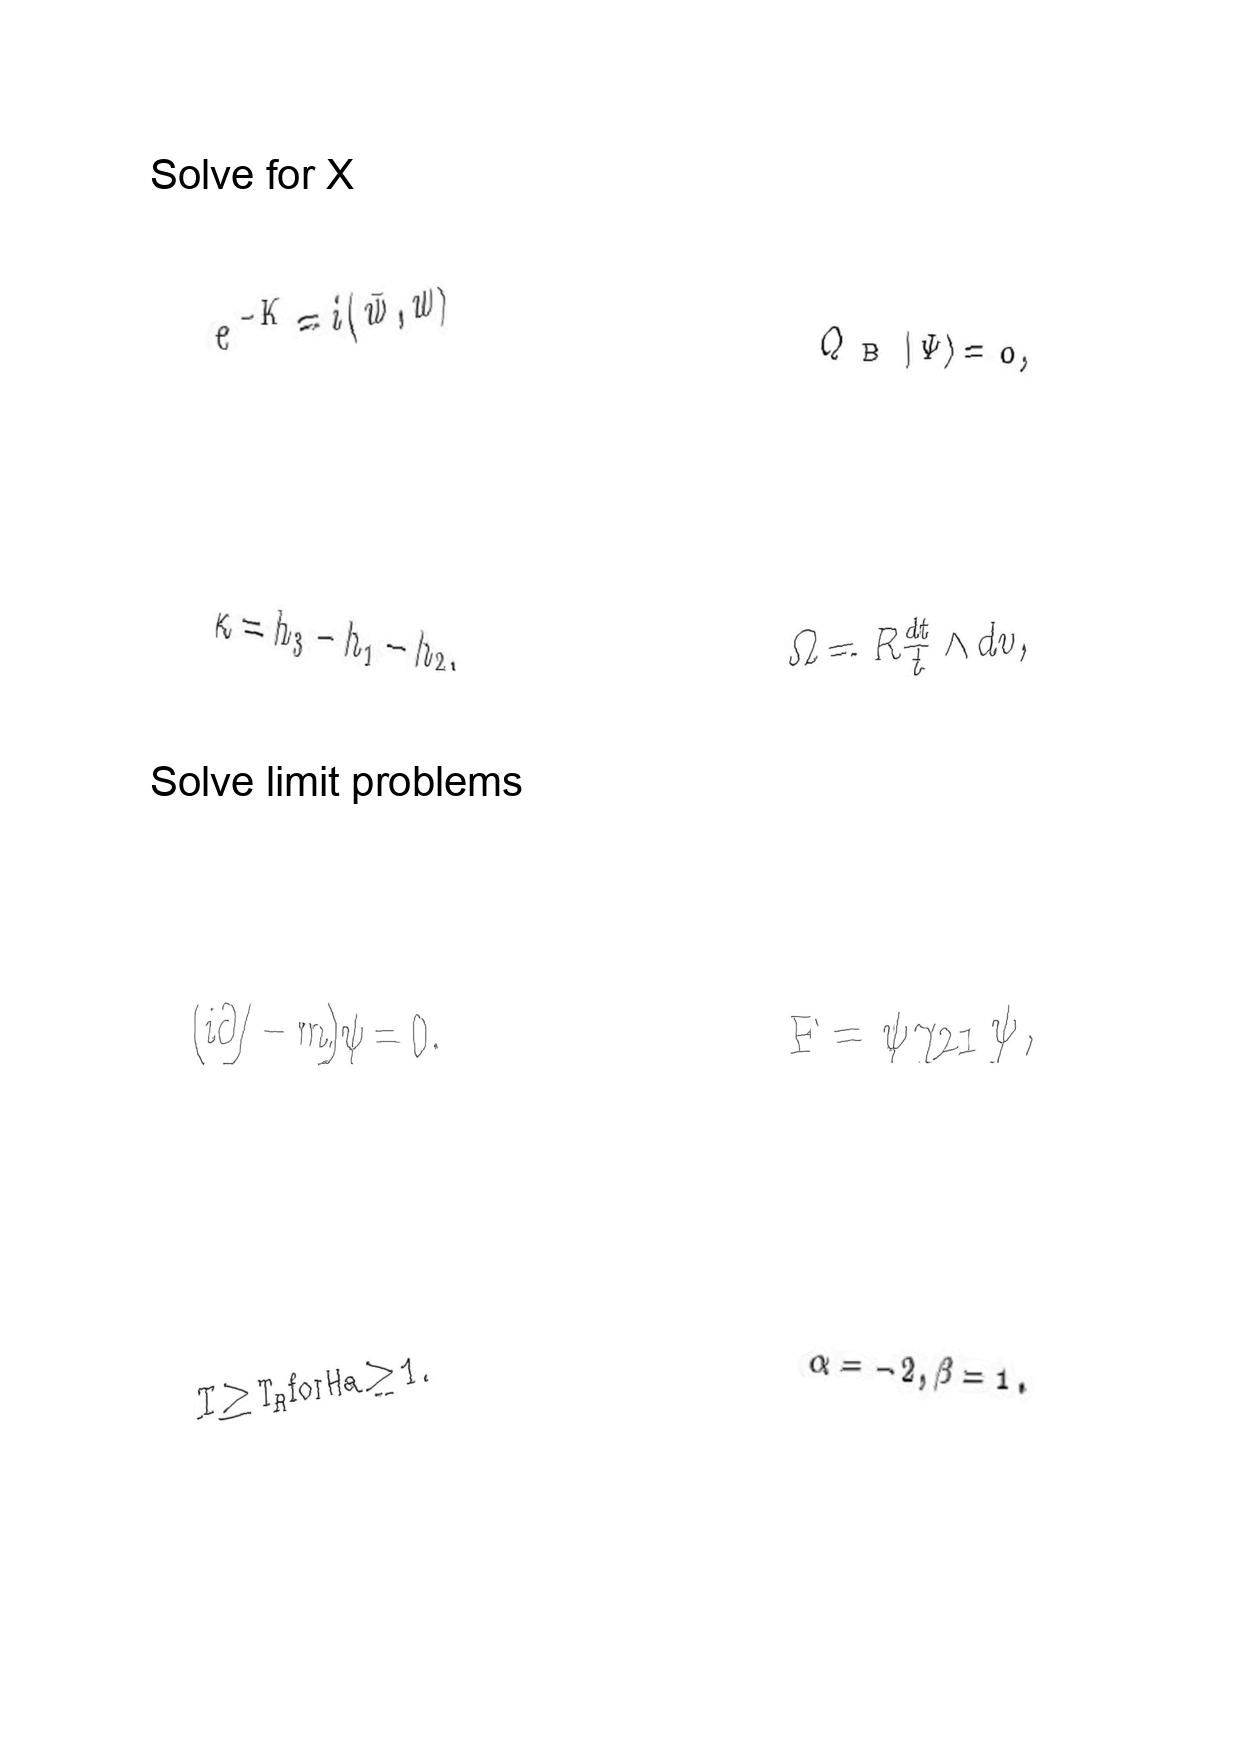
LaTeX transcription:
e ^ { - K } = i \langle \bar { w } , w \rangle
\kappa = h _ { 3 } - h _ { 1 } - h _ { 2 } ,
\lparen i \partial / - m \rparen \psi = 0 .
T \geq T _ { H } \mathrm { f o r } H a \geq 1 .
Q _ { \mathrm { B } } \vert \Psi \rangle = 0 ,
\Omega = R \frac { d t } { t } \wedge d v ,
F = \psi \gamma _ { 2 1 } \tilde { \psi } ,
\alpha = - 2 , \beta = 1 .